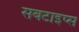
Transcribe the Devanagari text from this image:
सबटाइप्स